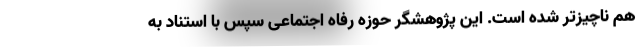
هم ناچیزتر شده است. این پژوهشگر حوزه رفاه اجتماعی سپس با استناد به